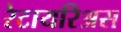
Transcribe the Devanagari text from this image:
रेटायरिअस